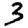
Digit: 3